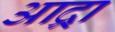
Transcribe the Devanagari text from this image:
आद्र्रा